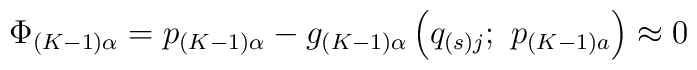
\Phi _{\left( K-1\right) \alpha }=p_{\left( K-1\right) \alpha }-g_{\left(K-1\right) \alpha }\left( q_{\left( s\right) j};\ p_{\left( K-1\right)a}\right) \approx 0